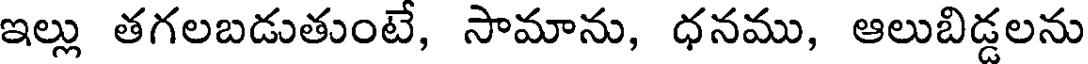
ఇల్లు తగలబడుతుంటే, సామాను, ధనము, ఆలుబిడ్డలను